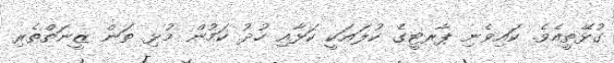
ގުޅޭތީއެވެ. ކައިވެނި ޕާރޓީގެ ކުލައަކީ ކަޅާއި ހުދު ކަމުން މުޅި ތަން ޒީނަތްތެރި